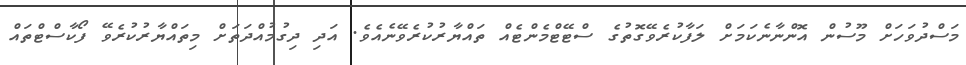
މަސްދުވަހަށް މޫސުން އޮންނާނެކަމަށް ލަފާކުރެވޭގޮތުގެ ސްޓޭޓްމެންޓެއް ތައްޔާރުކުރެވޭނެއެވެ. އަދި ދިގުމުއްދަތަށް މިތައްޔާރުކުރެވޭ ފޯކާސްޓްތައް